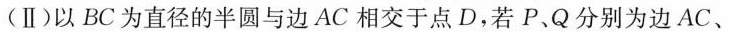
(Ⅱ)以BC为直径的半圆与边AC相交于点D，若P、Q分别为边AC、